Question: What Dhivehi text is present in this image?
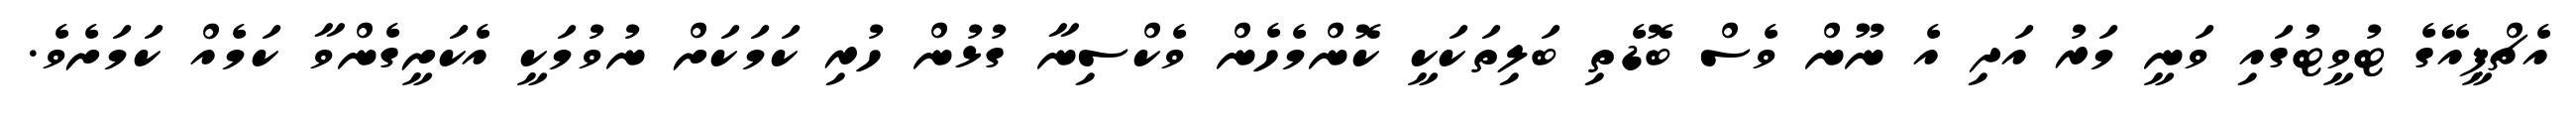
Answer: އެޗްޕީއޭގެ ޓުވީޓުގައި ވަނީ މަރު އަދި އެ ނޫން ވެސް ބޮޑެތި ބަލިތަކަކީ ކޮންމެހެން ވެކްސިނާ ގުޅުން ހުރި ކަމަކަށް ނުވުމަކީ އެކަށީގެންވާ ކަމެއް ކަމަށެވެ.